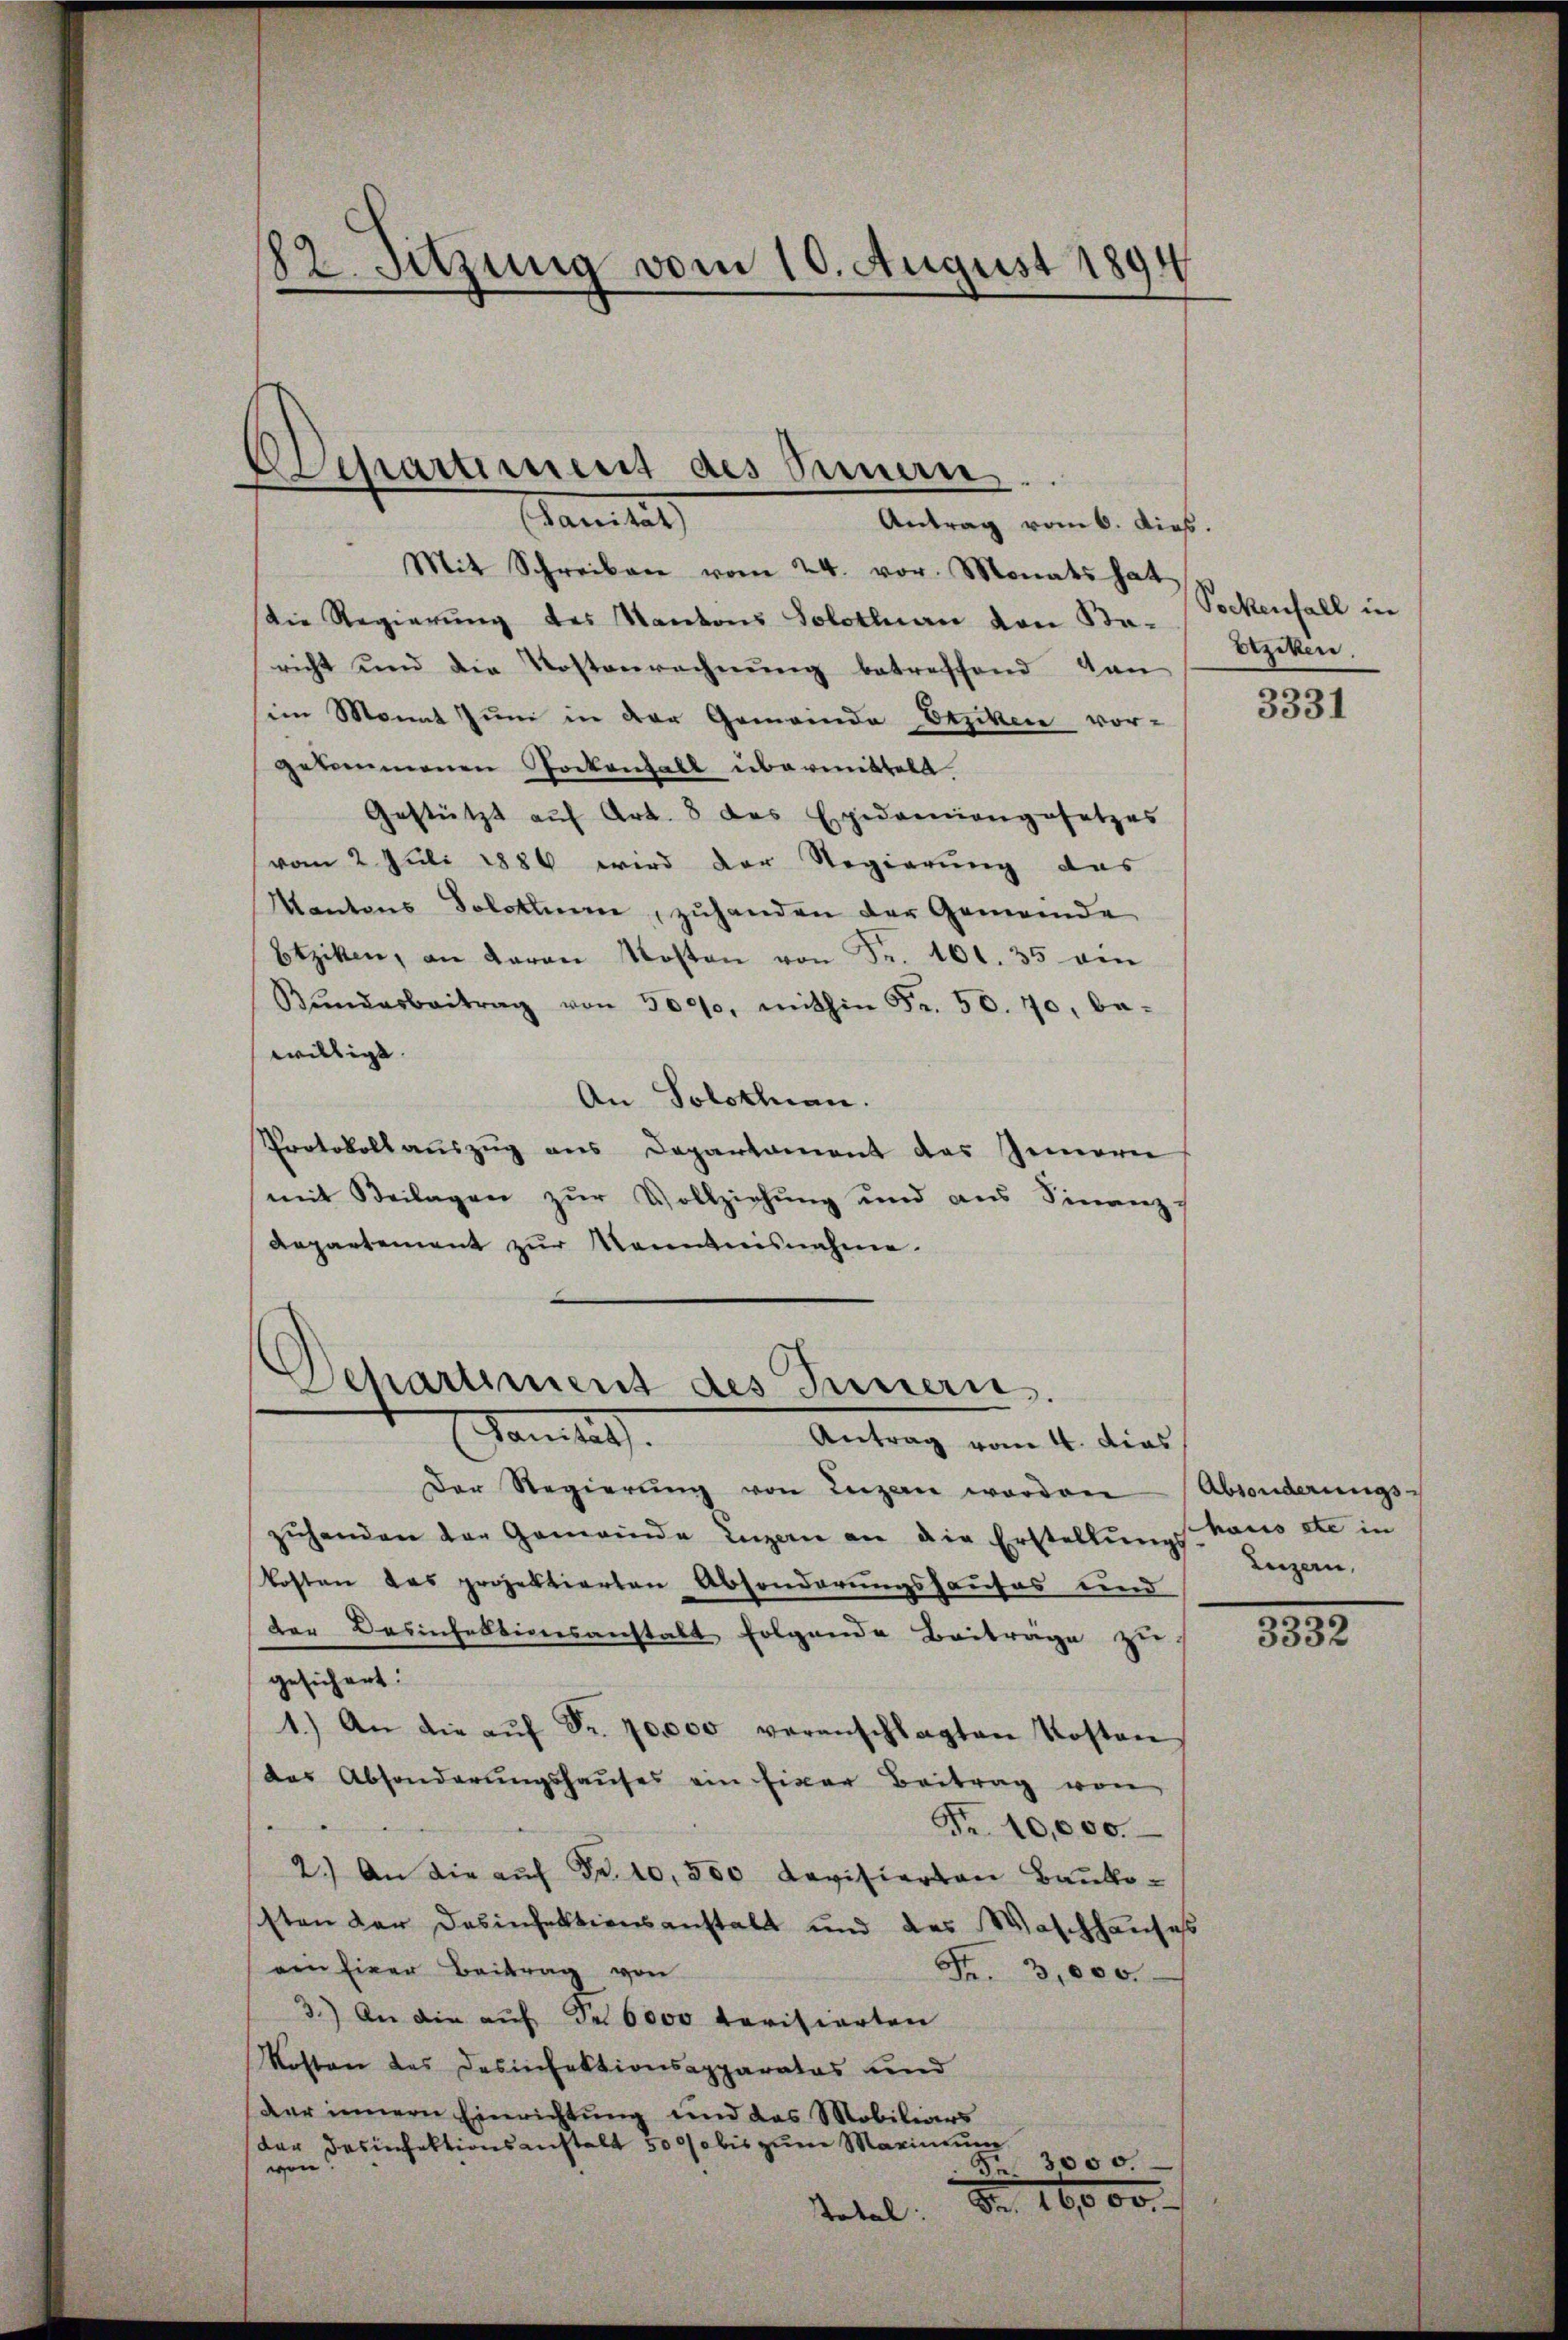
182. Sitzung vom 10. August 1894

Echartiment des Innern.
Janitat
Antrag vom 6. dies.

Mit Schreiben vom 24. vor. Monats hat
Die Regierung des Kantons Solothurn von Sta-
richt und die Kostenrechnŭng betreffend dan
sein Monat Juni in der Gemeinde Erziker vorgekommenen Pockenfall übermitteln.
Gestützt aŭf Art. 3 des Epidemiengesetzes
vom 2. Juli 1886 wird der Regierung das
Kantons Solothurn, zuhanden der Gemeinde
btzikon, an daran Kosten von Fr. 101. 35 ein
Bŭndesbeitrag von 3000, mithin Fr. 50. 70, be-
willige. |
An Solothurn.
Protokoll aŭszŭg ans Departament des Gemein
mit Beilagen zur Vollziehung und aus Finanz-
Aepartement zŭr Kenntnisnahme.

Departement des Innern.
Mamtith            Antrag vom 10. dies

Der Regierŭng von Luzen worden Absonderungs-
zŭhenden der Gemeinde Luzern an die Erstellŭngs-Haus etc in
kosten das projektierten Absonderungshauses und
der Desinfektionsanstalt folgende Beiträge zu
gesichert.
1.) An die aŭf Fr. 70000 veranschlagten Kosten
das Absonderŭngshaŭses ein Eiger Beitrag von
1
Nr. 10,000.
2.) An die aŭf Fr. 10,300 Revisierten Baukosten der Desinfektionsanstalt und des Waschhauses
ein Einer Beitrag von
Fr. 3,000.
3.) An die auf Fr. 6000 tarisierten
Kosten des Desinfektionsapparatos und
der innern Einrichtung und das Mobiliars
der dasinfektionsanstalt 500 bis zum Marinium
§. 3000.
von.
Fr. 16000.
Tadel.

Sockenfall in
Erziken.

3331

Luzern,

888.